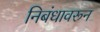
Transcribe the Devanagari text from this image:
निबंधावरून